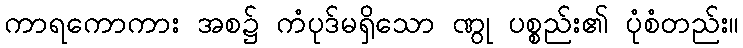
ကာရကောကား အစ၌ ကံပုဒ်မရှိသော ဏွု ပစ္စည်း၏ ပုံစံတည်း။